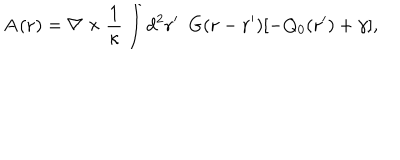
{ \bf { A } } ( { \bf r } ) = { \bf \nabla } \times \frac { 1 } { \kappa } \int d ^ { 2 } { \bf { r ^ { \prime } } } ~ ~ G ( { { \bf r } - \bf { r ^ { \prime } } } ) [ - Q _ { 0 } ( { \bf { r ^ { \prime } } } ) + \gamma ] ,